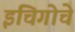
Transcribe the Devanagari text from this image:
इचिगोचे